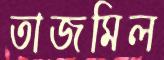
তাজমিল